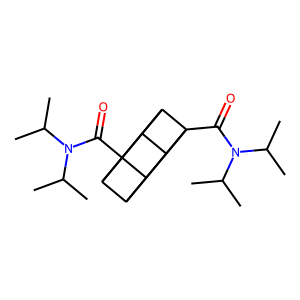
SMILES: CC(C)N(C(=O)C12C3C4C1C1C2C3C41C(=O)N(C(C)C)C(C)C)C(C)C
Inhibits HIV replication: No